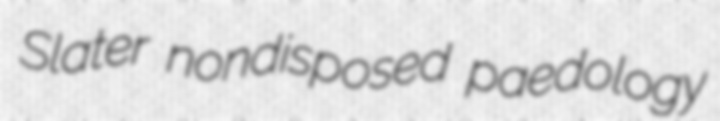
Slater nondisposed paedology